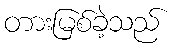
တားမြစ်ခဲ့သည်